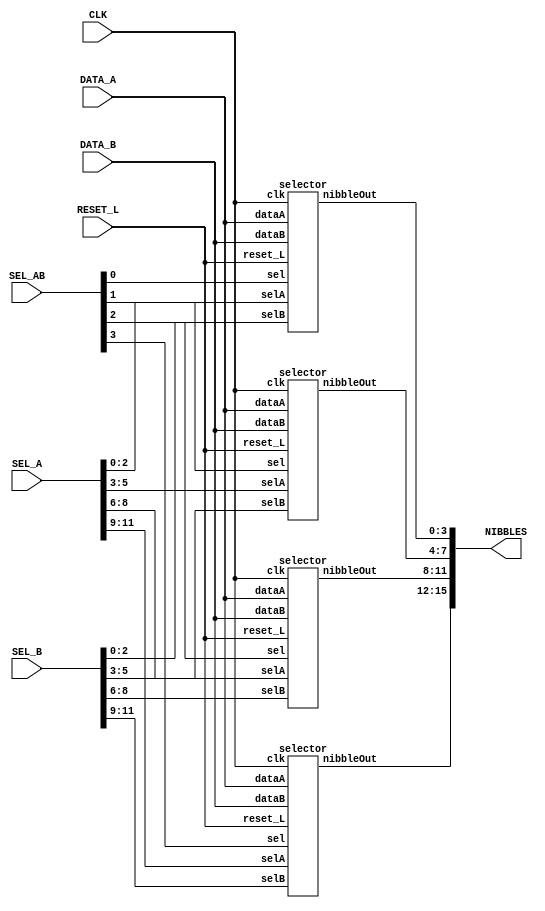
//`include "selector.v"
//`include "selector4.v"


module selector4(output wire [15:0] NIBBLES,
                 input [31:0] DATA_A,
                 input [31:0] DATA_B,
                 input [11:0] SEL_A,
                 input [11:0] SEL_B,
                 input [3:0] SEL_AB,
                 input RESET_L,
                 input CLK);           
    generate
        genvar i;
        for(i = 0; i <= 3; i = i + 1)
        begin: selectores
            selector seli(DATA_A[31:0],
                     DATA_B[31:0], 
                     SEL_A[i*3+:3],
                     SEL_B[i*3+:3],
                     SEL_AB[i],
                     RESET_L,
                     CLK,
                     NIBBLES[i*4 +: 4]);
        end
    endgenerate
endmodule


module selector(  
        input [31:0] dataA,
        input [31:0] dataB,
        input [2:0] selA, 
        input [2:0] selB,
        input sel, 
        input reset_L, 
        input clk,
        output reg [3:0] nibbleOut
); 

always @(posedge clk)begin
    if(~reset_L) begin 
    nibbleOut<=0; 
    end else begin 
    nibbleOut<=sel?dataB[selB[2:0]*4 +: 4]:dataA[selA[2:0]*4 +: 4]; 
    end 
end
endmodule